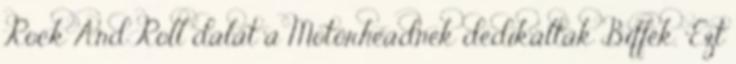
Rock And Roll dalát a Motörheadnek dedikálták Biffék. "Ezt